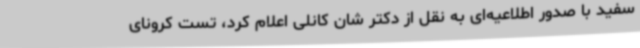
سفید با صدور اطلاعیه‌ای به نقل از دکتر شان کانلی اعلام کرد، تست کرونای